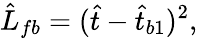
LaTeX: \hat{L}_{fb}=(\hat{t}-\hat{t}_{b1})^{2},